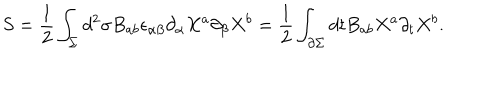
S = \frac { 1 } { 2 } \int _ { \Sigma } d ^ { 2 } \sigma B _ { a b } \epsilon _ { \alpha \beta } \partial _ { \alpha } X ^ { a } \partial _ { \beta } X ^ { b } = \frac { 1 } { 2 } \int _ { \partial \Sigma } d t B _ { a b } X ^ { a } \partial _ { t } X ^ { b } .